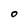
Character: O